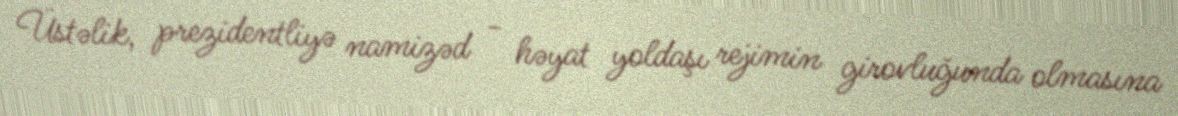
Üstəlik, prezidentliyə namizəd - həyat yoldaşı rejimin girovluğunda olmasına